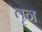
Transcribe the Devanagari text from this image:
तृन